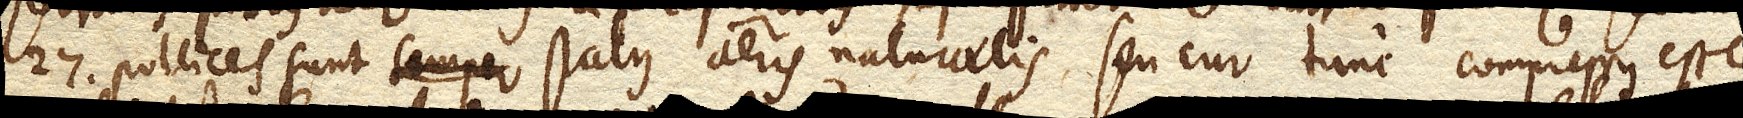
27. pollices sunt semper status aeris naturalis seu cur tunc compressus esse